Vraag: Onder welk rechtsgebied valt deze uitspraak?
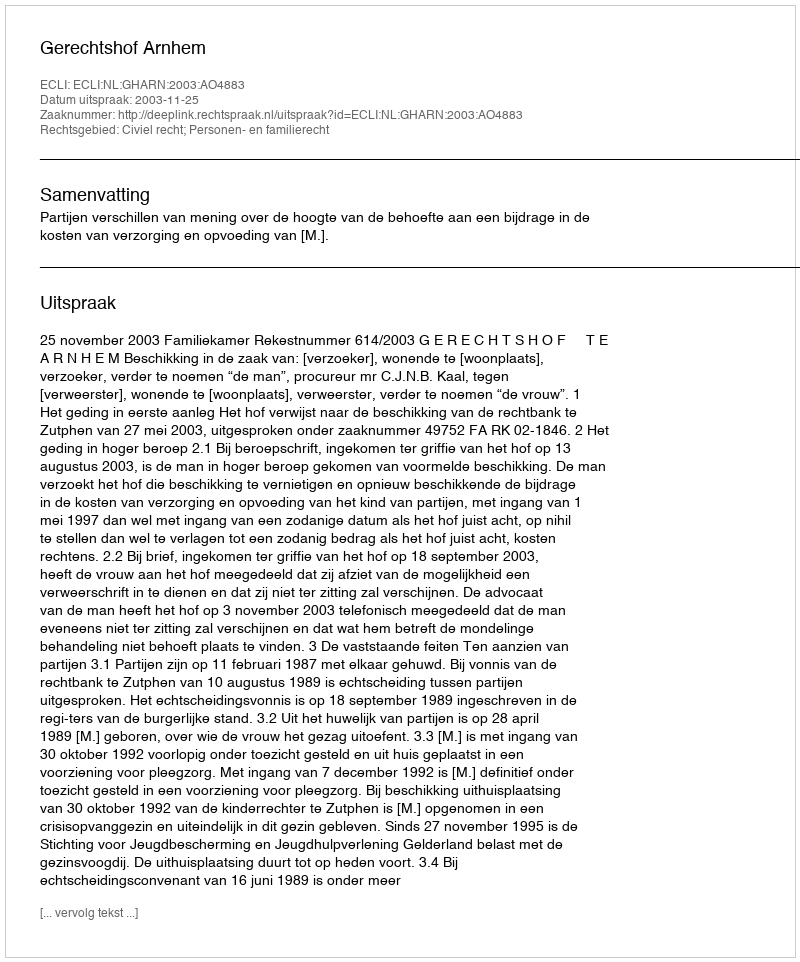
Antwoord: Civiel recht; Personen- en familierecht